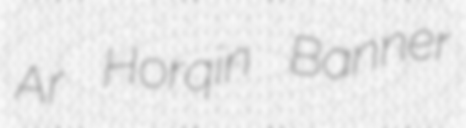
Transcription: Ar Horqin Banner